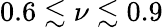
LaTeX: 0.6\lesssim\nu\lesssim 0.9